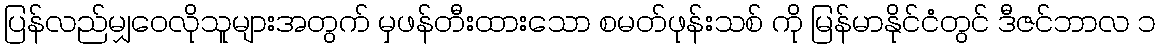
ပြန်လည်မျှဝေလိုသူများအတွက် မှဖန်တီးထားသော စမတ်ဖုန်းသစ် ကို မြန်မာနိုင်ငံတွင် ဒီဇင်ဘာလ ၁